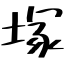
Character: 塚